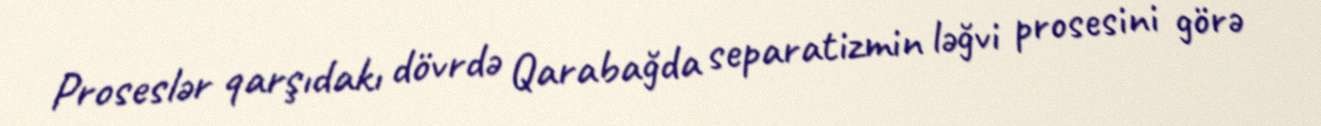
Proseslər qarşıdakı dövrdə Qarabağda separatizmin ləğvi prosesini görə